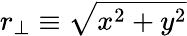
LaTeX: r_{\perp}\equiv\sqrt{x^{2}+y^{2}}